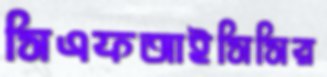
সিএফআইসিসির